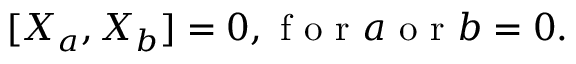
[ X _ { a } , X _ { b } ] = 0 , { \textnormal { f o r } } a { \textnormal { o r } } b = 0 .